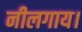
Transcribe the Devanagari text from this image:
नीलगाय।